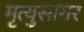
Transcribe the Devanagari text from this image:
मृत्युसागर